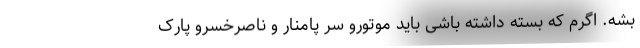
بشه. اگرم که بسته داشته باشی باید موتورو سر پامنار و ناصرخسرو پارک